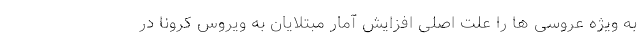
به ویژه عروسی ها را علت اصلی افزایش آمار مبتلایان به ویروس کرونا در